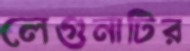
লেগুনাটির